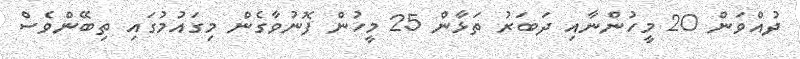
ދުއްވަން 20 މީހުންނާއި ދަބަރު ތަޅާން 25 މީހުން ފޮނުވާގެން މިގައުމުގައި ތިބޭންވެސް